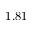
1 . 8 1